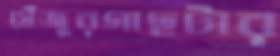
খেঁজুরগাছটার